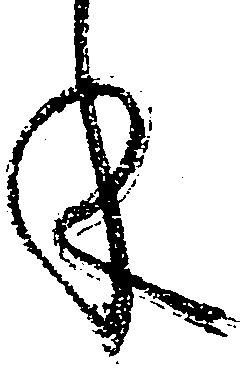
年